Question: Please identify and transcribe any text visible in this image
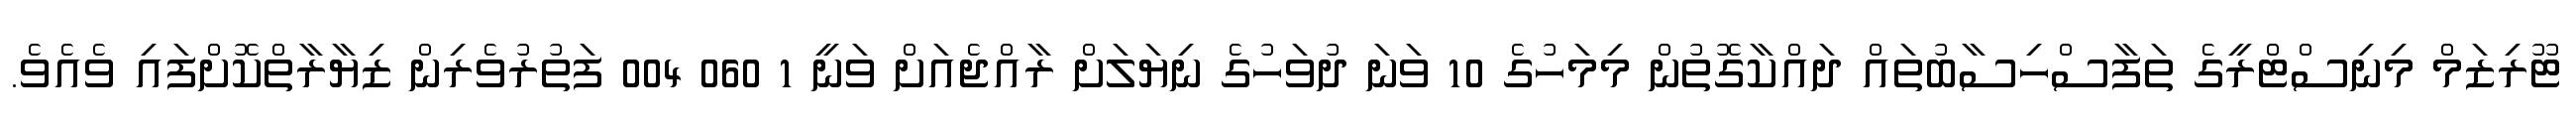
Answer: ޓޫރިޒަމް މިނިސްޓްރީގެ ތަފާސްހިސާބުތައް ދައްކާގޮތުން މިމަހުގެ 10 ވަނަ ދުވަހުގެ ނިޔަލަށް ރާއްޖެއަށް ވަނީ 1 060 004 ފަތުރުވެރިން ޒިޔާރާތްކޮށްފައި ވެއެވެ.